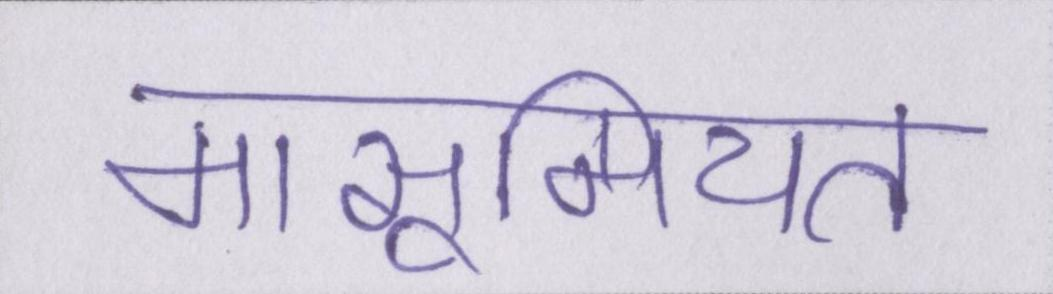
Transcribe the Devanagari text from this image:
मासूमियत